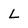
Character: L